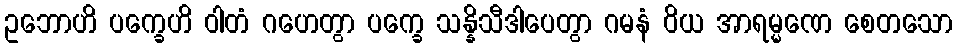
ဥဘောဟိ ပက္ခေဟိ ဝါတံ ဂဟေတွာ ပက္ခေ သန္နိသီဒါပေတွာ ဂမနံ ဝိယ အာရမ္မဏေ စေတသော